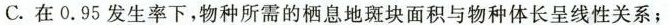
C.在0.95发生率下，物种所需的栖息地斑块面积与物种体长呈线性关系；